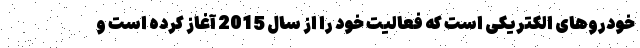
خودروهای الکتریکی است که فعالیت خود را از سال 2015 آغاز کرده است و